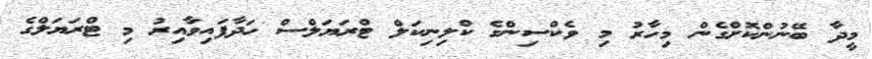
މީދާ ބޭނުންކޮށްގެން މިހާރު މި ވެކްސިންގެ ކްލިނިކަލް ޓްރަޔަލްސް ހަދާފައިވާއިރު މި ޓްރަޔަލްގެ